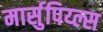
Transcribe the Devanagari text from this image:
मार्सुपिय्ल्स